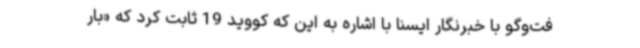
فت‌وگو با خبرنگار ایسنا با اشاره به این که کووید 19 ثابت کرد که «بار